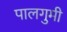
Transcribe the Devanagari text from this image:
पालगुमी